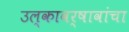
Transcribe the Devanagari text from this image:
उल्कावर्षावांचा